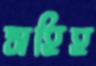
সহিহ